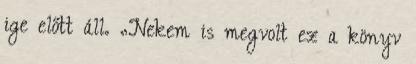
ige előtt áll. „Nekem is megvolt ez a könyv